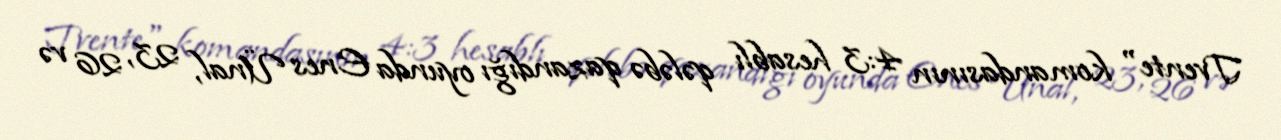
Tvente" komandasının 4:3 hesablı qələbə qazandığı oyunda Enes Ünal, 23, 26 və